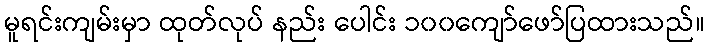
မူရင်းကျမ်းမှာ ထုတ်လုပ် နည်း ပေါင်း ၁၀၀ကျော်ဖော်ပြထားသည်။